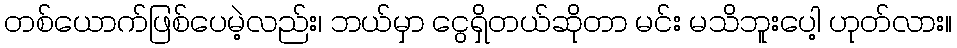
တစ်ယောက်ဖြစ်ပေမဲ့လည်း၊ ဘယ်မှာ ငွေရှိတယ်ဆိုတာ မင်း မသိဘူးပေါ့ ဟုတ်လား။